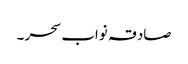
صادقہ نواب سحر ۔